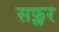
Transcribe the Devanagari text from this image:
सफ्लर